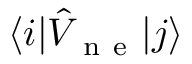
\langle i \vert \hat { V } _ { \mathrm { ~ n ~ e ~ } } \vert j \rangle